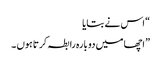
“ اس نے بتایا
” اچھا میں دو بارہ رابطہ کرتا ہوں ۔